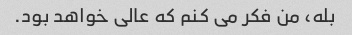
بله، من فکر می کنم که عالی خواهد بود.